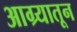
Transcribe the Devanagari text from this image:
आग्र्यातून